Annual report of the Punjab Veterinary College and of the Civil Veterinary Department, Punjab - 1909-1919
Year: 1909
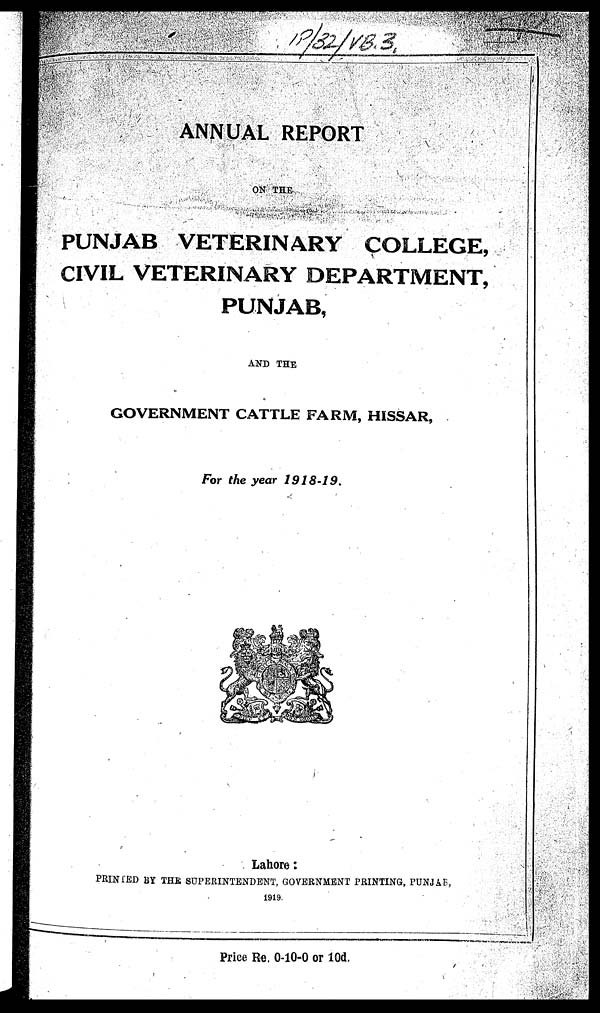
ANNUAL REPORT
ON THE
PUNJAB VETERINARY COLLEGE,
CIVIL VETERINARY DEPARTMENT,
PUNJAB,
AND THE
GOVERNMENT CATTLE FARM, HISSAR,
For the year 1918-19
Lahore:
PRINTED BY THE SUPERINTENDENT, GOVERNMENT PRINTING, PUNJAB,
1919.
Price Re. 0-10-0 or 10d.